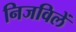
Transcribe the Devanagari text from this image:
निजविलें